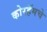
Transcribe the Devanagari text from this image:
कोरहॅमचे